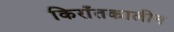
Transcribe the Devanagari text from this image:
किराँतकालीन